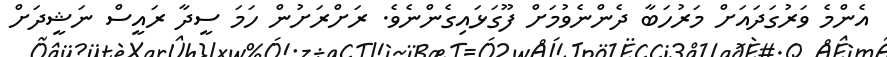
އެންމެ ވަރުގަދައަށް މަރުހަބާ ދެންނެވުމަށް ފޫގަޅައިގެންނެވެ. ރަށްރަށުން ހަމަ ސީދާ ރައީސް ނަޝީދަށް